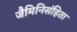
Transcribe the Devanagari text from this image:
जैमिनिसंहिता